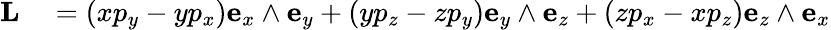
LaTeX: \begin{array}{rl}{\mathbf{L}}&{{}=\left(xp_{y}-yp_{x}\right)\mathbf{e}_{x}\wedge\mathbf{e}_{y}+\left(yp_{z}-zp_{y}\right)\mathbf{e}_{y}\wedge\mathbf{e}_{z}+\left(zp_{x}-xp_{z}\right)\mathbf{e}_{z}\wedge\mathbf{e}_{x}}\end{array}